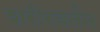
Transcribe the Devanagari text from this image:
शरीरवर्तन